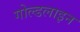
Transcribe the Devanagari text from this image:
गोल्डलाइन